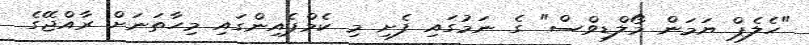
"ހެލެޕް ޔަމަން މޯލްޑިވްސް" ގެ ނަމުގައި ފެށި މި ކެމްޕެއިންގައި މިހާތަނަށް ރާއްޖޭގެ